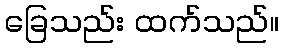
ခြေသည်း ထက်သည်။